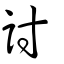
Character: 討